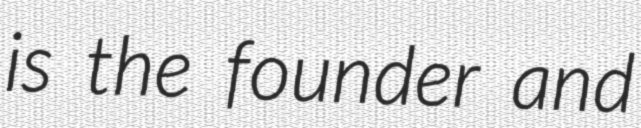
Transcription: is the founder and